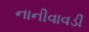
નાનીવાવડી